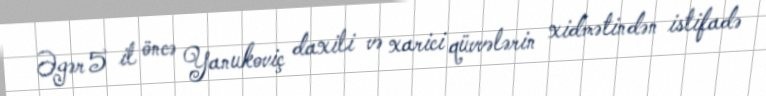
Əgər 5 il öncə Yanukoviç daxili və xarici qüvvələrin xidmətindən istifadə